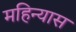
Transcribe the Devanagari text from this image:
महिन्यास